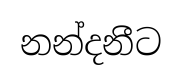
නන්දනීට